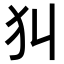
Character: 𤜟